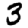
Digit: 3